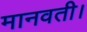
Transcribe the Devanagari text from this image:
मानवती।